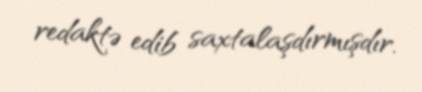
redaktə edib saxtalaşdırmışdır.